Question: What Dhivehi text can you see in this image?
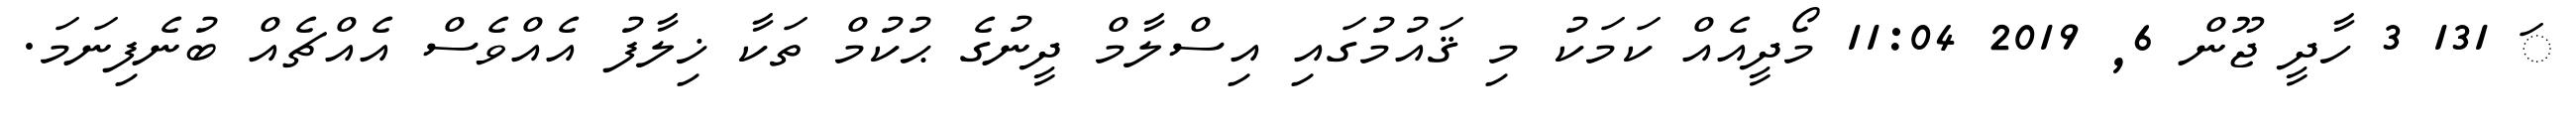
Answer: ަ 131 3 ހާދީ ޖޫން 6, 2019 11:04 މޯދީއެއް ކަމަކު މި ޤައުމުގައި އިސްލާމް ދީނުގެ ޙުކުމް ތަކާ ޚިލާފު އެއްވެސް އެއްޗެއް ބުނެފިނަމަ.